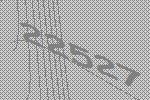
22527